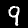
Label: 9